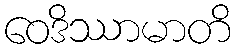
ဝေဒိဿာမာတိ